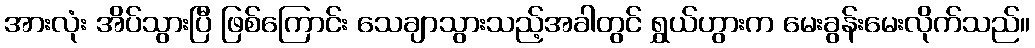
အားလုံး အိပ်သွားပြီ ဖြစ်ကြောင်း သေချာသွားသည့်အခါတွင် ရွှယ်ဟွားက မေးခွန်းမေးလိုက်သည်။